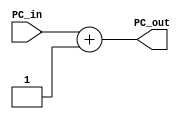
`timescale 1ns / 1ps

module PC_Plus4(
    input [31:0] PC_in,
    output [31:0] PC_out
);

assign PC_out = PC_in + 1;

endmodule